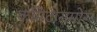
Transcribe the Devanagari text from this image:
कमिटीसमोर